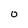
Character: 0